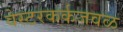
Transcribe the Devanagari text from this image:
वेस्टरकर्कजवळ